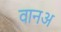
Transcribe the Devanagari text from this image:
वानअ